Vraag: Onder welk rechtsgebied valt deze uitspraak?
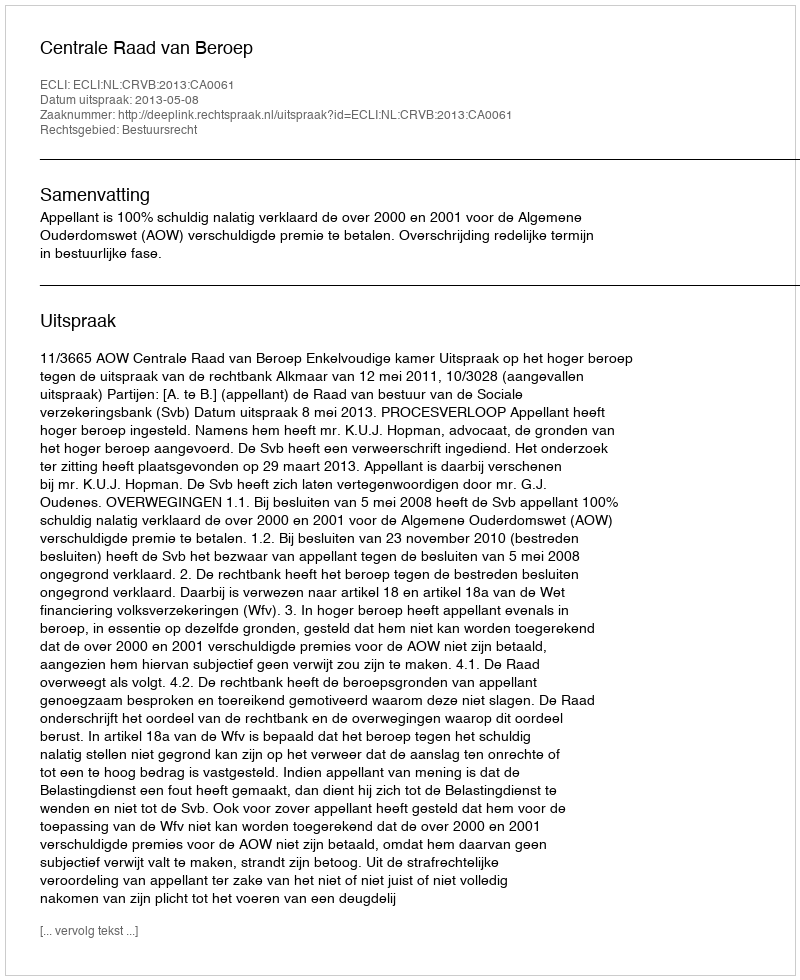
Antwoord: Bestuursrecht